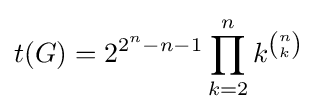
t(G)=2^{2^{n}-n-1}\prod _{k=2}^{n}k^{n \choose k}